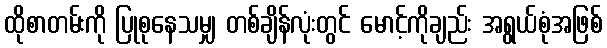
ထိုစာတမ်းကို ပြုစုနေသမျှ တစ်ချိန်လုံးတွင် မောင့်ကိုချည်း အရွယ်စုံအဖြစ်